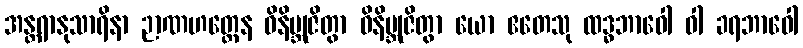
အန္တရာနုသာရိနာ ဉာဏဟတ္ထေန ဝိနိဗ္ဘုဇိတွာ ဝိနိဗ္ဘုဇိတွာ ယော ဧတေသု ထဒ္ဓဘာဝေါ ဝါ ခရဘာဝေါ